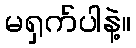
မရှက်ပါနဲ့။